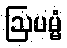
ဩပမ္မံ